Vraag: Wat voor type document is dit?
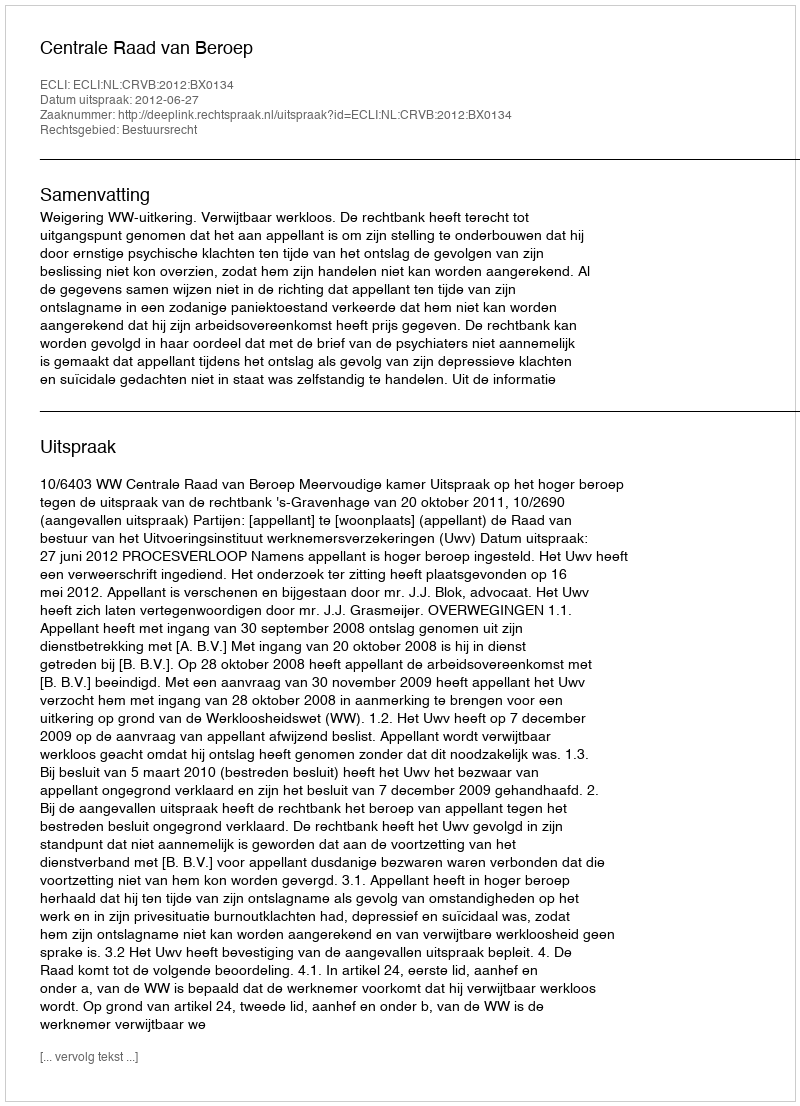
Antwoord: Uitspraak